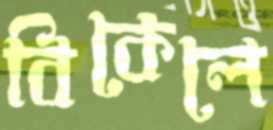
বিকেলে